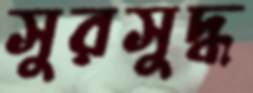
সুরসুদ্ধ